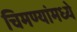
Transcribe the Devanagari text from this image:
चिमण्यांमध्ये